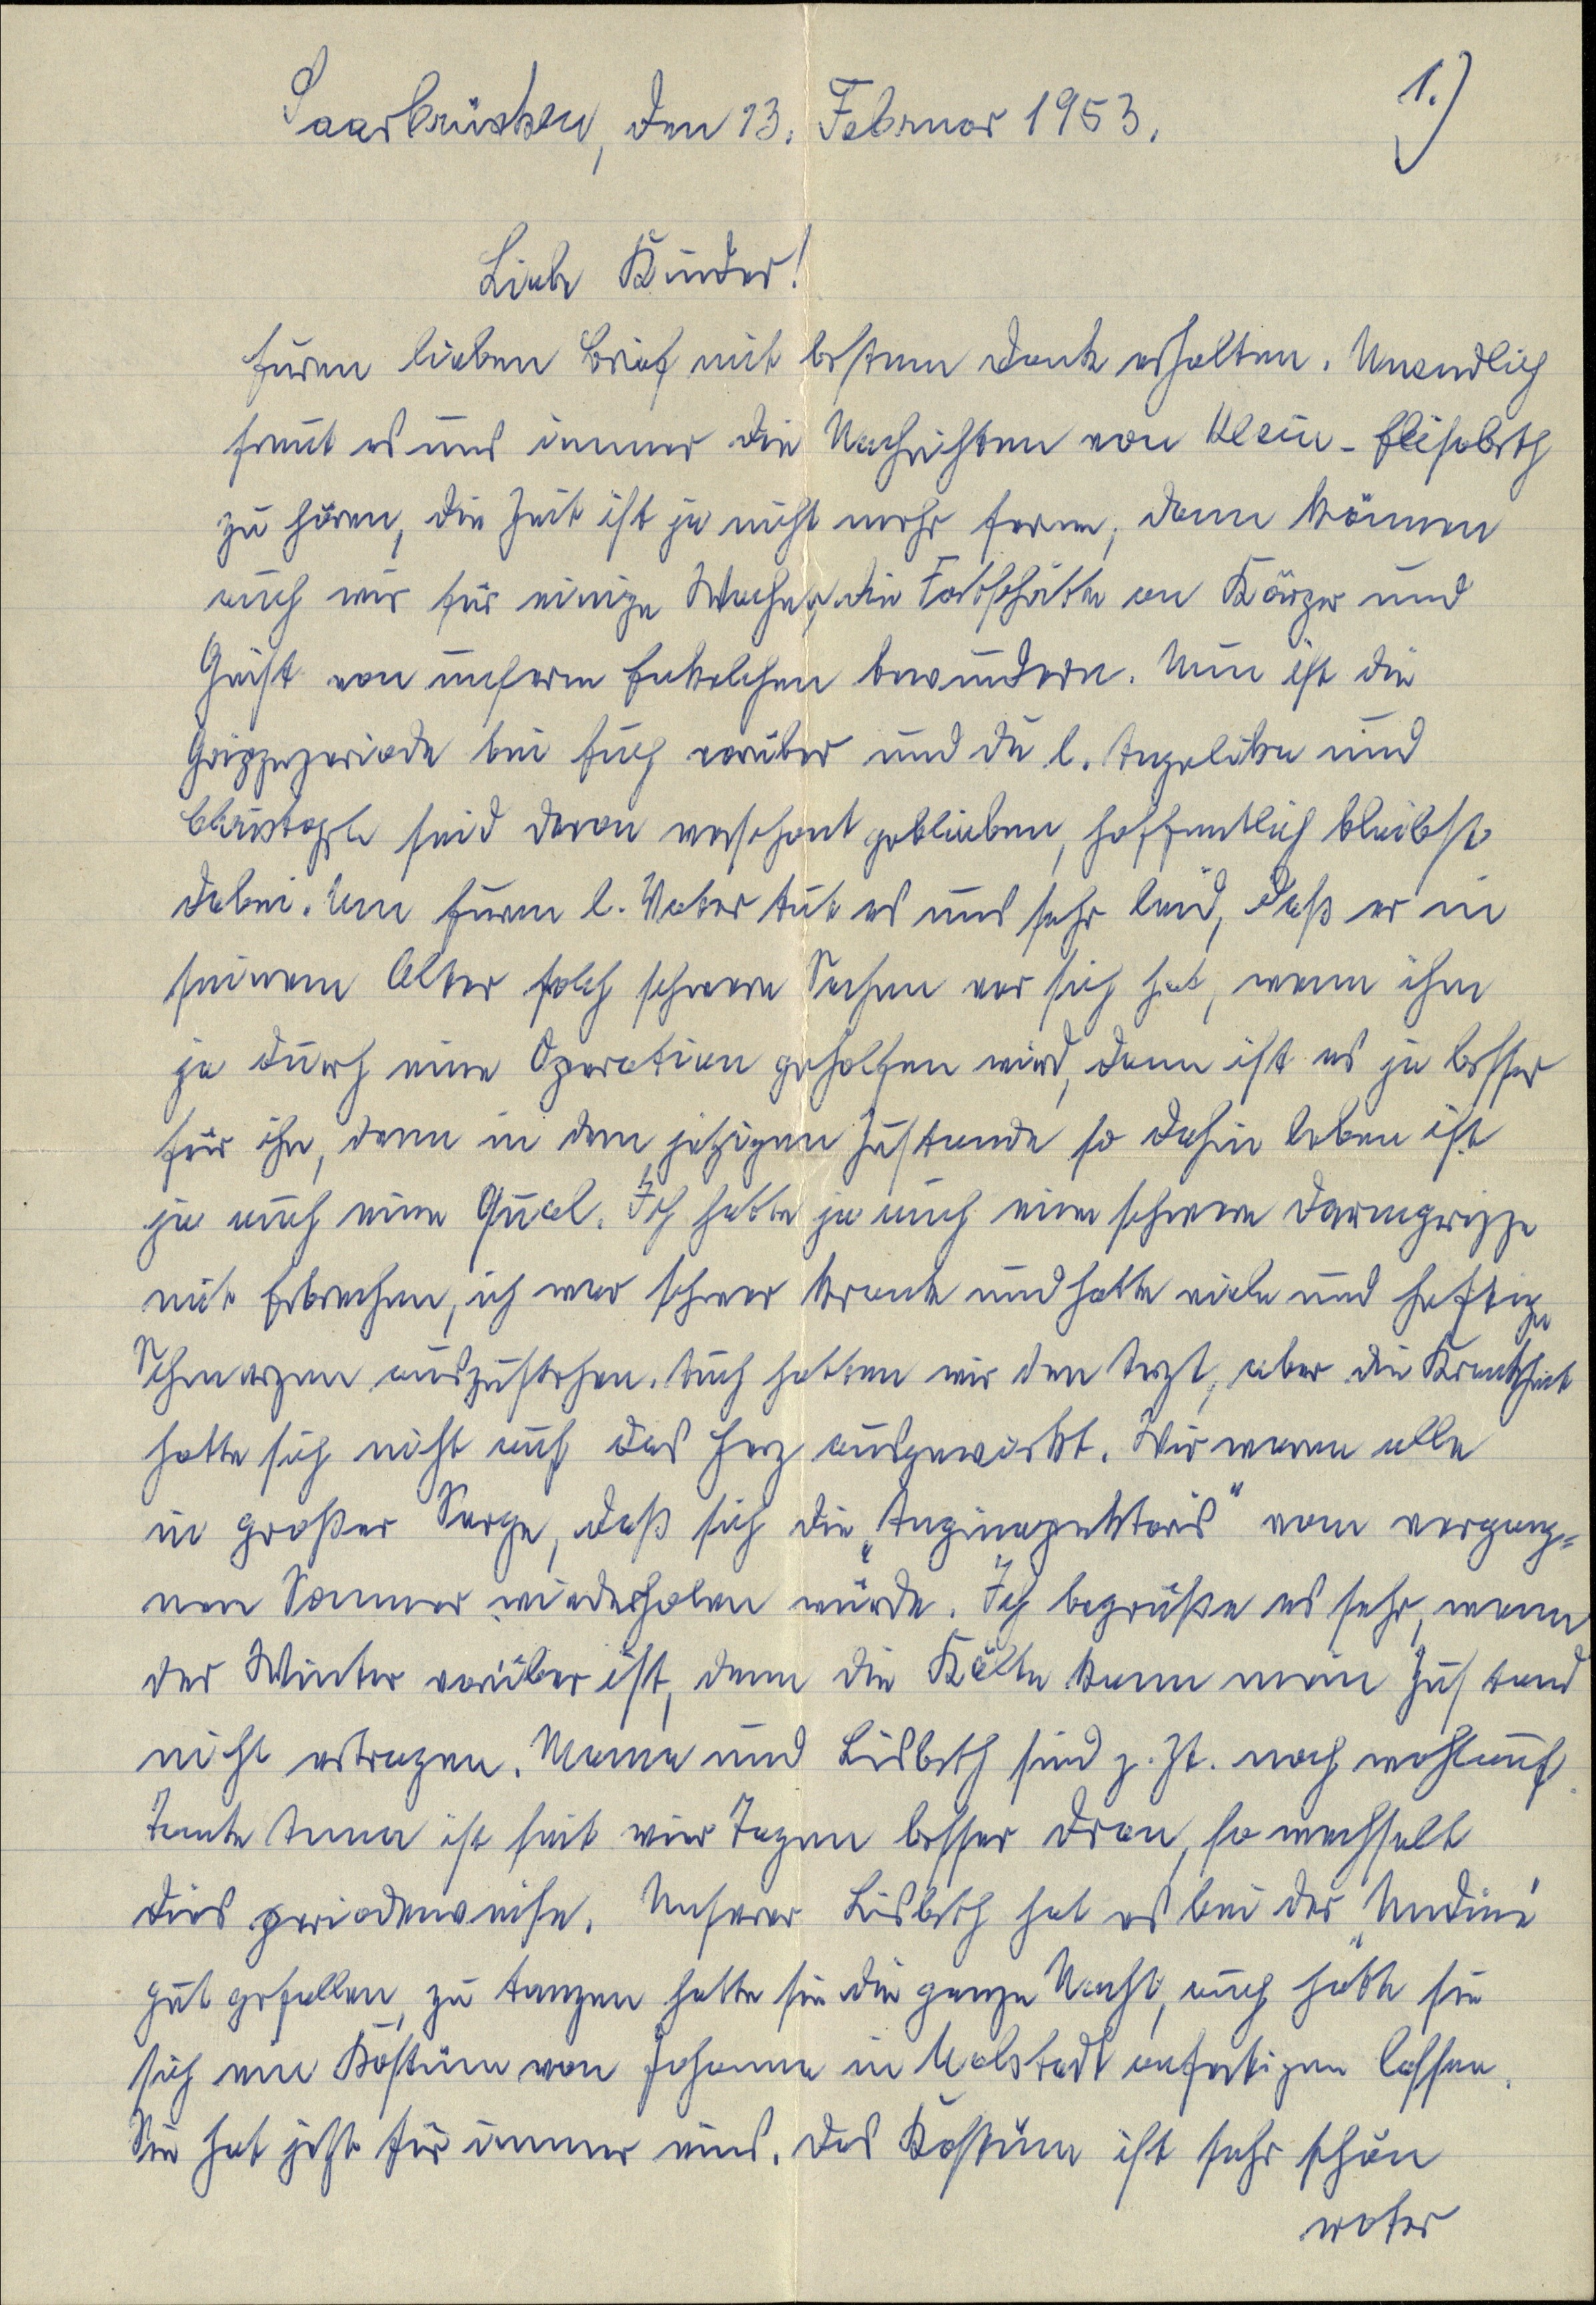
Saarbrücken, den 13. Februar 1953, 1.)
Liebe Kinder!
Euren lieben Brief mit bestem Dank erhalten. Unendlich
freut es uns immer die Nachrichten von Klein-Elisabeth
zu hören, die Zeit ist ja nicht mehr fern, dann können
auch wir für einige Wochen die Fortschritte an Körper und
Geist von unserm Enkelchen bewundern. Nun ist die
Grippeperiode bei Euch vorüber und du l. Angelika und
Christoph sind davon verschont geblieben, hoffentlich bleibts
dabei. Um Euren l. Vater tut es mir sehr leid, daß er in
seinem Alter solch schwere Sachen vor sich hat, wenn ihm
ja durch eine Operation geholfen wird, dann ist es ja besser
für ihn, denn in dem jetzigen Zustand so dahin leben ist
ja auch eine Qual. Ich hatte ja auch eine schwere Darmgrippe
mit Erbrechen, ich war schwer krank und hatte viele und heftige
Schmerzen auszustehen. Auch hatten wir den Arzt, aber die Krankheit
hatte sich nicht auf das Herz ausgeweitet. Wir waren alle
in großer Sorge, daß sich die "Anginapektoris" vom vergang¬
nen Sommer wiederholen würde. Ich begrüße es sehr, wenn
der Winter vorüber ist, denn die Kälte kann man hustend
nicht ertragen. Mama und Lisbeth sind z. Zt. noch wohlauf
Tante Anna ist seit vier Tagen besser dran, so wechselt
dies periodenweise. Unsere Lisbeth hat es bei der "Undine"
gut gefallen, zu tanzen hatte sie die ganze Nacht, auch hatte sie
sich ein Kostüm von Johanna in [N]olstadt anfertigen lassen.
Sie hat jetzt für immer eins. Das Kostüm ist sehr schön
roter